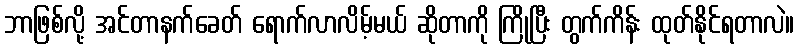
ဘာဖြစ်လို့ အင်တာနက်ခေတ် ရောက်လာလိမ့်မယ် ဆိုတာကို ကြိုပြီး တွက်ကိန်း ထုတ်နိုင်ရတာလဲ။